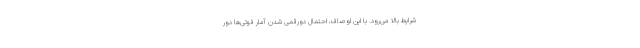
شرایط بالا می‌رود. با این اوصاف، احتمال دورقمی شدن آمار فوتی‌ها دور